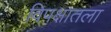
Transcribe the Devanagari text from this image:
विपक्षातला